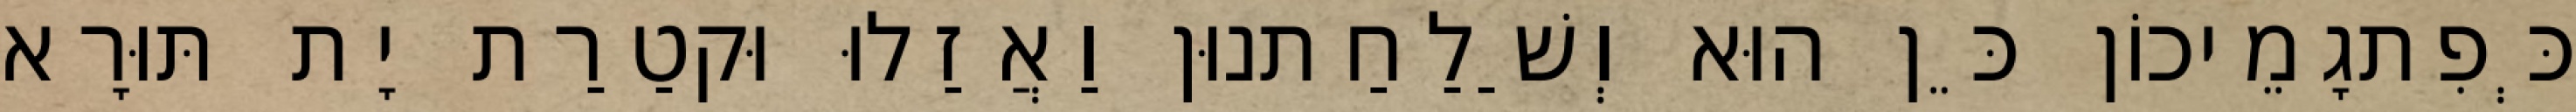
כְּפִתגָמֵיכוֹן כֵּן הוּא וְשַׁלַחַתנוּן וַאֲזַלוּ וּקטַרַת יָת תּוּרָא